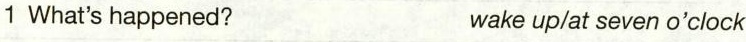
1 What's happened? wake up/at seven o'clock